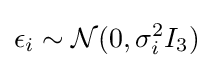
\epsilon _{i}\sim {\mathcal {N}}(0,\sigma _{i}^{2}I_{3})